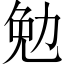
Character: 勉